Scottish Leaving Certificate Examination, 1954
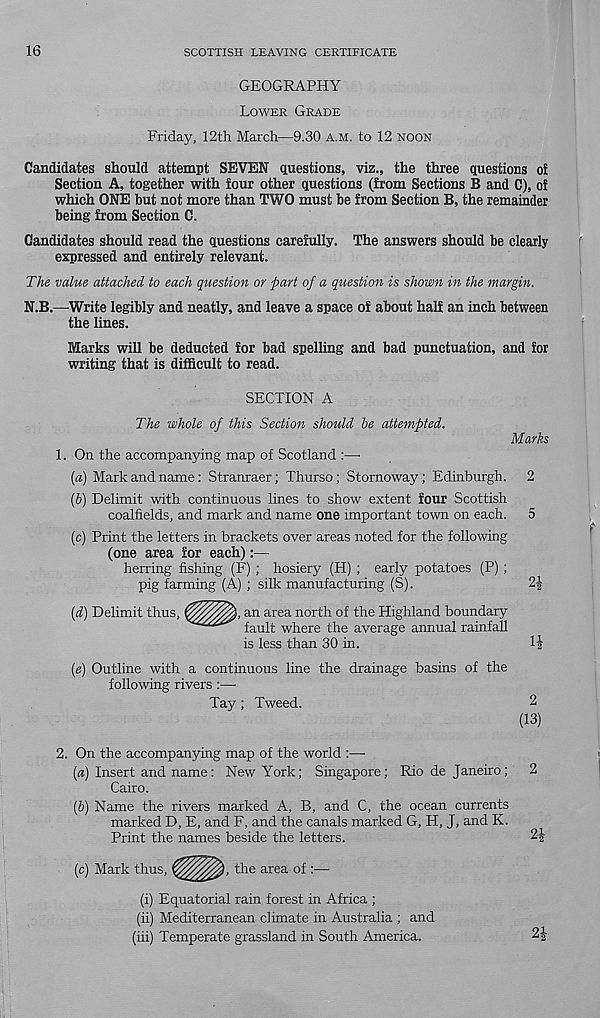
16
SCOTTISH LEAVING CERTIFICATE
GEOGRAPHY
LOWER GRADE
Friday, 12th March—9.30 A.M. to 12 NOON
Candidates should attempt SEVEN questions, viz., the three questions of
Section A, together with four other questions (from Sections B and C), of
which ONE but not more than TWO must be from Section B, the remainder
being from Section C.
Candidates should read the questions carefully. The answers should be clearly
expressed and entirely relevant.
The value attached to each question or pari of a question is shown in the margin.
N.B.—'Write legibly and neatly, and leave a space of about half an inch between
the lines.
Marks will be deducted for bad spelling and bad punctuation, and for
writing that is difficult to read.
SECTION A
The whole of this Section shotild be attempted.
1. On the accompanying map of Scotland :—•
(a)
Mark and name: Stranraer; Thurso; Stornoway;
(5) Delimit with continuous lines to show extent four Scottish
coalfields, and mark and name one important town on each.
(c) Print the letters in brackets over areas noted for the following
(one area for each):—
herring fishing (F) ; hosiery (H) ; early potatoes (P) ;
pig farming (A) ; silk manufacturing (S).
an area north of the Highland boundary
fault where the average annual rainfall
is less than 30 in.
(e) Outline with a continuous line the drainage basins of the
following rivers :—•
Tay ; Tweed.
Marks
(d) Delimit thus, <
2|
1|
2
(13)
2. On the accompanying map of the world :—■
(a) Insert and name: New York; Singapore; Rio de Janeiro;
Cairo.
(b) Name the rivers marked A, B, and C, the ocean currents
marked D, E, and F, and the canals marked G, H, J, and K.
Print the names beside the letters.
(c)
Mark thus,
the area of :—■
(i) Equatorial rain forest in Africa ;
(ii) Mediterranean climate in Australia ; and
(hi) Temperate grassland in South America.
2
2|